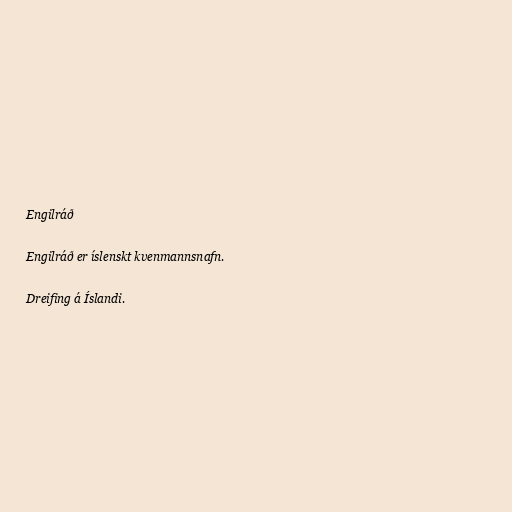
Engilráð

Engilráð er íslenskt kvenmannsnafn.

Dreifing á Íslandi.